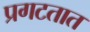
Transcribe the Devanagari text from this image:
प्रगटतात